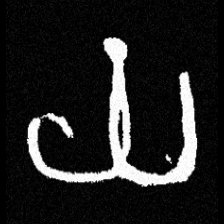
Pyu character \u2014 Myanmar letter: ယ (romanized: ya)